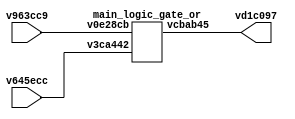
// Code generated by Icestudio 0.2.2-dev
// Wed, 02 Nov 2016 17:32:49 GMT

`default_nettype none

module main (input v963cc9,
             input v645ecc,
             output vd1c097);
 wire w0;
 wire w1;
 wire w2;
 assign w0 = v645ecc;
 assign w1 = v963cc9;
 assign vd1c097 = w2;
 main_logic_gate_or v9285f8 (
  .v3ca442(w0),
  .v0e28cb(w1),
  .vcbab45(w2)
 );
endmodule

module main_logic_gate_or (input v0e28cb,
                           input v3ca442,
                           output vcbab45);
 wire w0;
 wire w1;
 wire w2;
 assign w0 = v0e28cb;
 assign w1 = v3ca442;
 assign vcbab45 = w2;
 main_logic_gate_or_basic_code_vf4938a vf4938a (
  .a(w0),
  .b(w1),
  .c(w2)
 );
endmodule

module main_logic_gate_or_basic_code_vf4938a (input a,
                                              input b,
                                              output c);
 // OR logic gate
 
 assign c = a | b;
endmodule